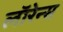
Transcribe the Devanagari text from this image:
लाॅरेन्स